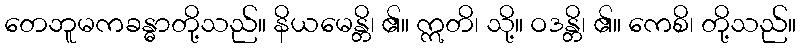
တေဘူမကခန္ဓာတို့သည်။ နိယမေန္တိ၊ ၏။ ဣတိ၊ သို့။ ဝဒန္တိ၊ ၏။ ကေစိ၊ တို့သည်။